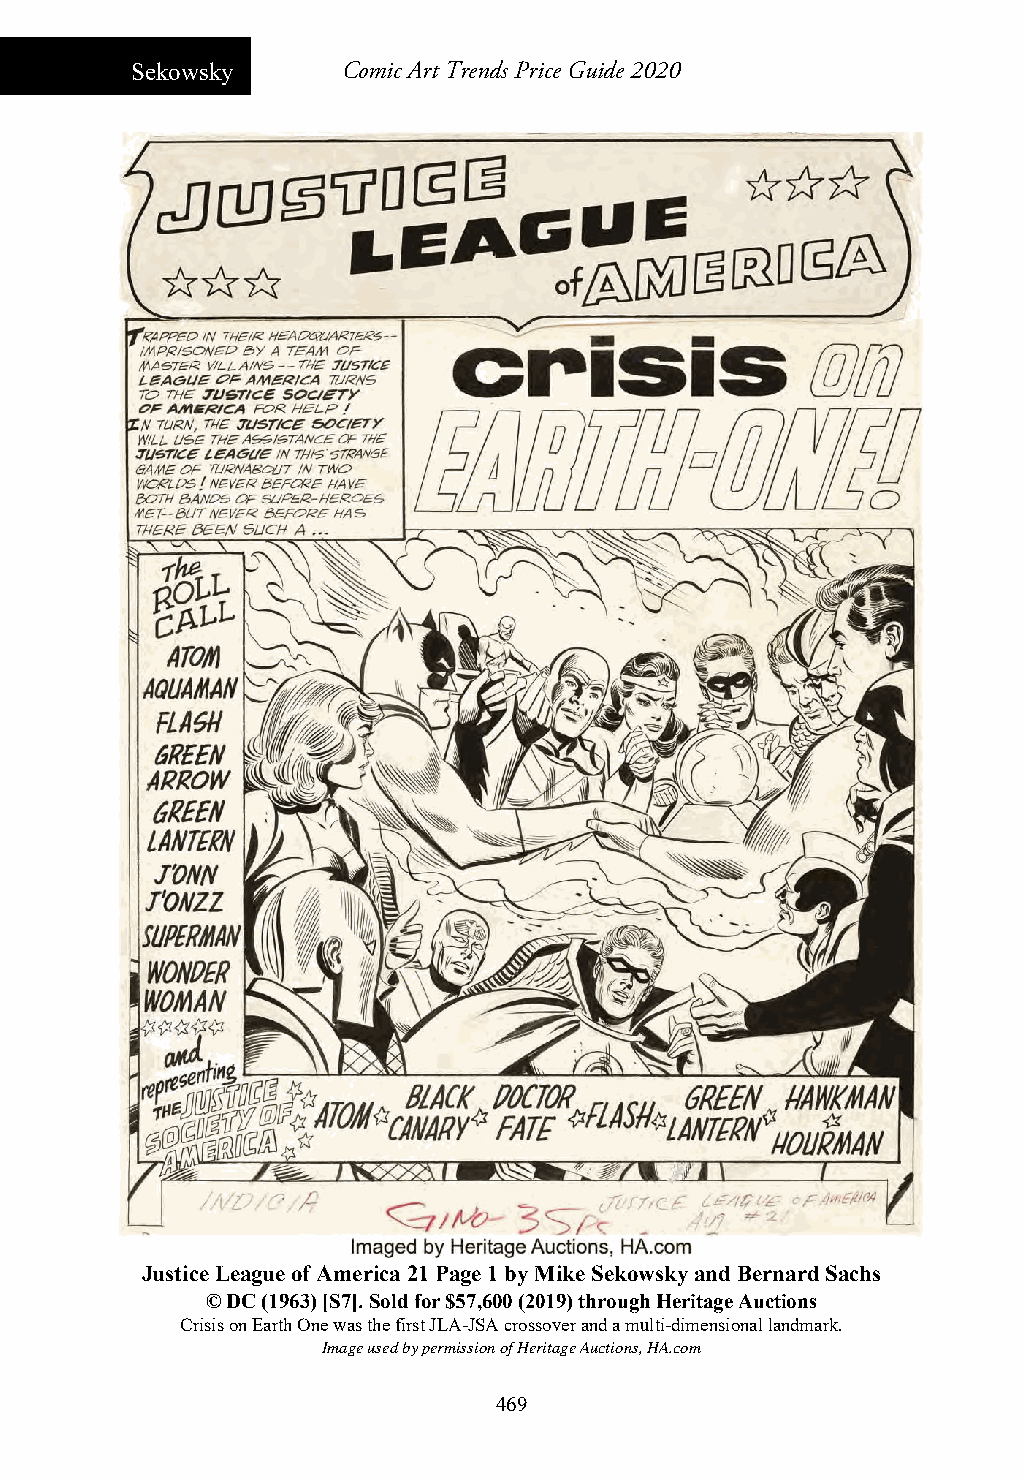
Sekowsky      Comic Art Trends Price Guide 2020
 Justice League of America 21 Page 1 by Mike Sekowsky and Bernard Sachs
 © DC (1963) [S7]. Sold for $57,600 (2019) through Heritage Auctions
 Crisis on Earth One was the first JLA-JSA crossover and a multi-dimensional landmark.
 Image used by permission of Heritage Auctions, HA.com
 469